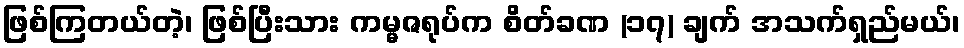
ဖြစ်ကြတယ်တဲ့၊ ဖြစ်ပြီးသား ကမ္မဇရုပ်က စိတ်ခဏ (၁၇) ချက် အသက်ရှည်မယ်၊